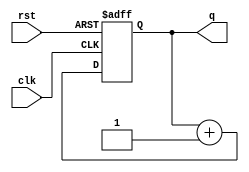
`timescale 1ns / 1ps
//////////////////////////////////////////////////////////////////////////////////
// Company: 
// Engineer: 
// 
// Design Name: 
// Module Name: Lab_3_prelab_M
// Project Name: 
// Target Devices: 
// Tool Versions: 
// Description: 
// 
// Dependencies: 
// 
// Revision:
// Revision 0.01 - File Created
// Additional Comments:
// 
//////////////////////////////////////////////////////////////////////////////////


`define BCD_BIT_WIDTH 4
`define BCD_ZERO 4'd0
`define BCD_ONE 4'd1

module Lab_3_prelab_M(
    q, // output
    clk, // global clock
    rst // active high reset
);
output [`BCD_BIT_WIDTH-1:0] q; // output
input clk; // global clock
input rst; // active high reset
reg [`BCD_BIT_WIDTH-1:0] q; // output (in always block)
reg [`BCD_BIT_WIDTH-1:0] q_tmp; // input to dff (in always block)
// Combinational logics
always @(q)
    q_tmp = q + `BCD_ONE;
// Sequential logics: Flip flops
always @(posedge clk or posedge rst)
    if (rst) q<=`BCD_BIT_WIDTH'd0;
    else q<=q_tmp;

endmodule